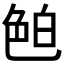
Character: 𦫖